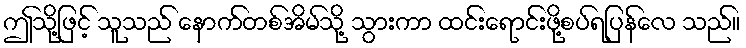
ဤသို့ဖြင့် သူသည် နောက်တစ်အိမ်သို့ သွားကာ ထင်းရောင်းဖို့စပ်ရပြန်လေ သည်။